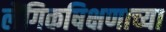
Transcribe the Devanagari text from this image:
लैंगिकषिक्षणाच्या